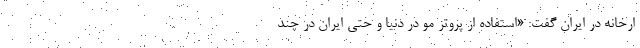
ارخانه در ایران گفت: «استفاده از پروتز مو در دنیا و حتی ایران در چند